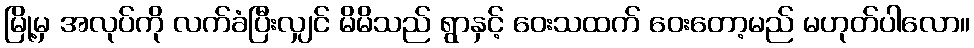
မြို့မှ အလုပ်ကို လက်ခံပြီးလျှင် မိမိသည် ရွာနှင့် ဝေးသထက် ဝေးတော့မည် မဟုတ်ပါလော။